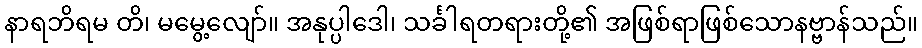
နာရဘိရမ တိ၊ မမွေ့လျော်။ အနုပ္ပါဒေါ၊ သင်္ခါရတရားတို့၏ အဖြစ်ရာဖြစ်သောနဗ္ဗာန်သည်။